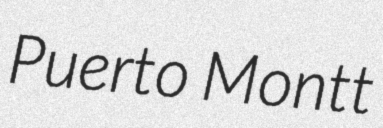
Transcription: Puerto Montt